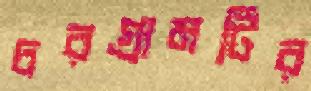
চরগ্রামটির